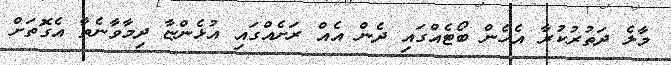
މާލެ ދަތުރުކުރާ އެހެން ބޯޓެއްގައި ދެން އެއް ރަށެއްގައި އުޅެންޏާ ދިމާވާނެތާ އެގޮތަށް